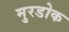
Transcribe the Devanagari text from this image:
मुरडोक